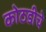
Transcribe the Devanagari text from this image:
कोठडीचे